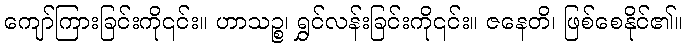
ကျော်ကြားခြင်းကို၎င်း။ ဟာသဉ္စ၊ ရွှင်လန်းခြင်းကို၎င်း။ ဇနေတိ၊ ဖြစ်စေနိုင်၏။